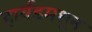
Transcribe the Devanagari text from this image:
हार्वडमधून